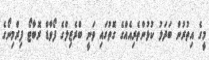
މީގެ އިތުރުން ބަދަލު ކުޅުންތެރިއެއްގެ ގޮތުގައި ވަނީ ބްރެޒިލްގެ ފޯވާޑް ރޮބާޓޯ ފިރްމިނޯގެ